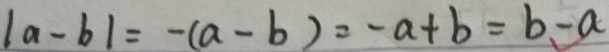
\vert a - b \vert = - ( a - b ) = - a + b = b - a